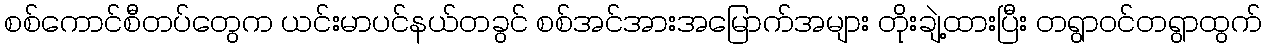
စစ်ကောင်စီတပ်တွေက ယင်းမာပင်နယ်တခွင် စစ်အင်အားအမြောက်အများ တိုးချဲ့ထားပြီး တရွာဝင်တရွာထွက်